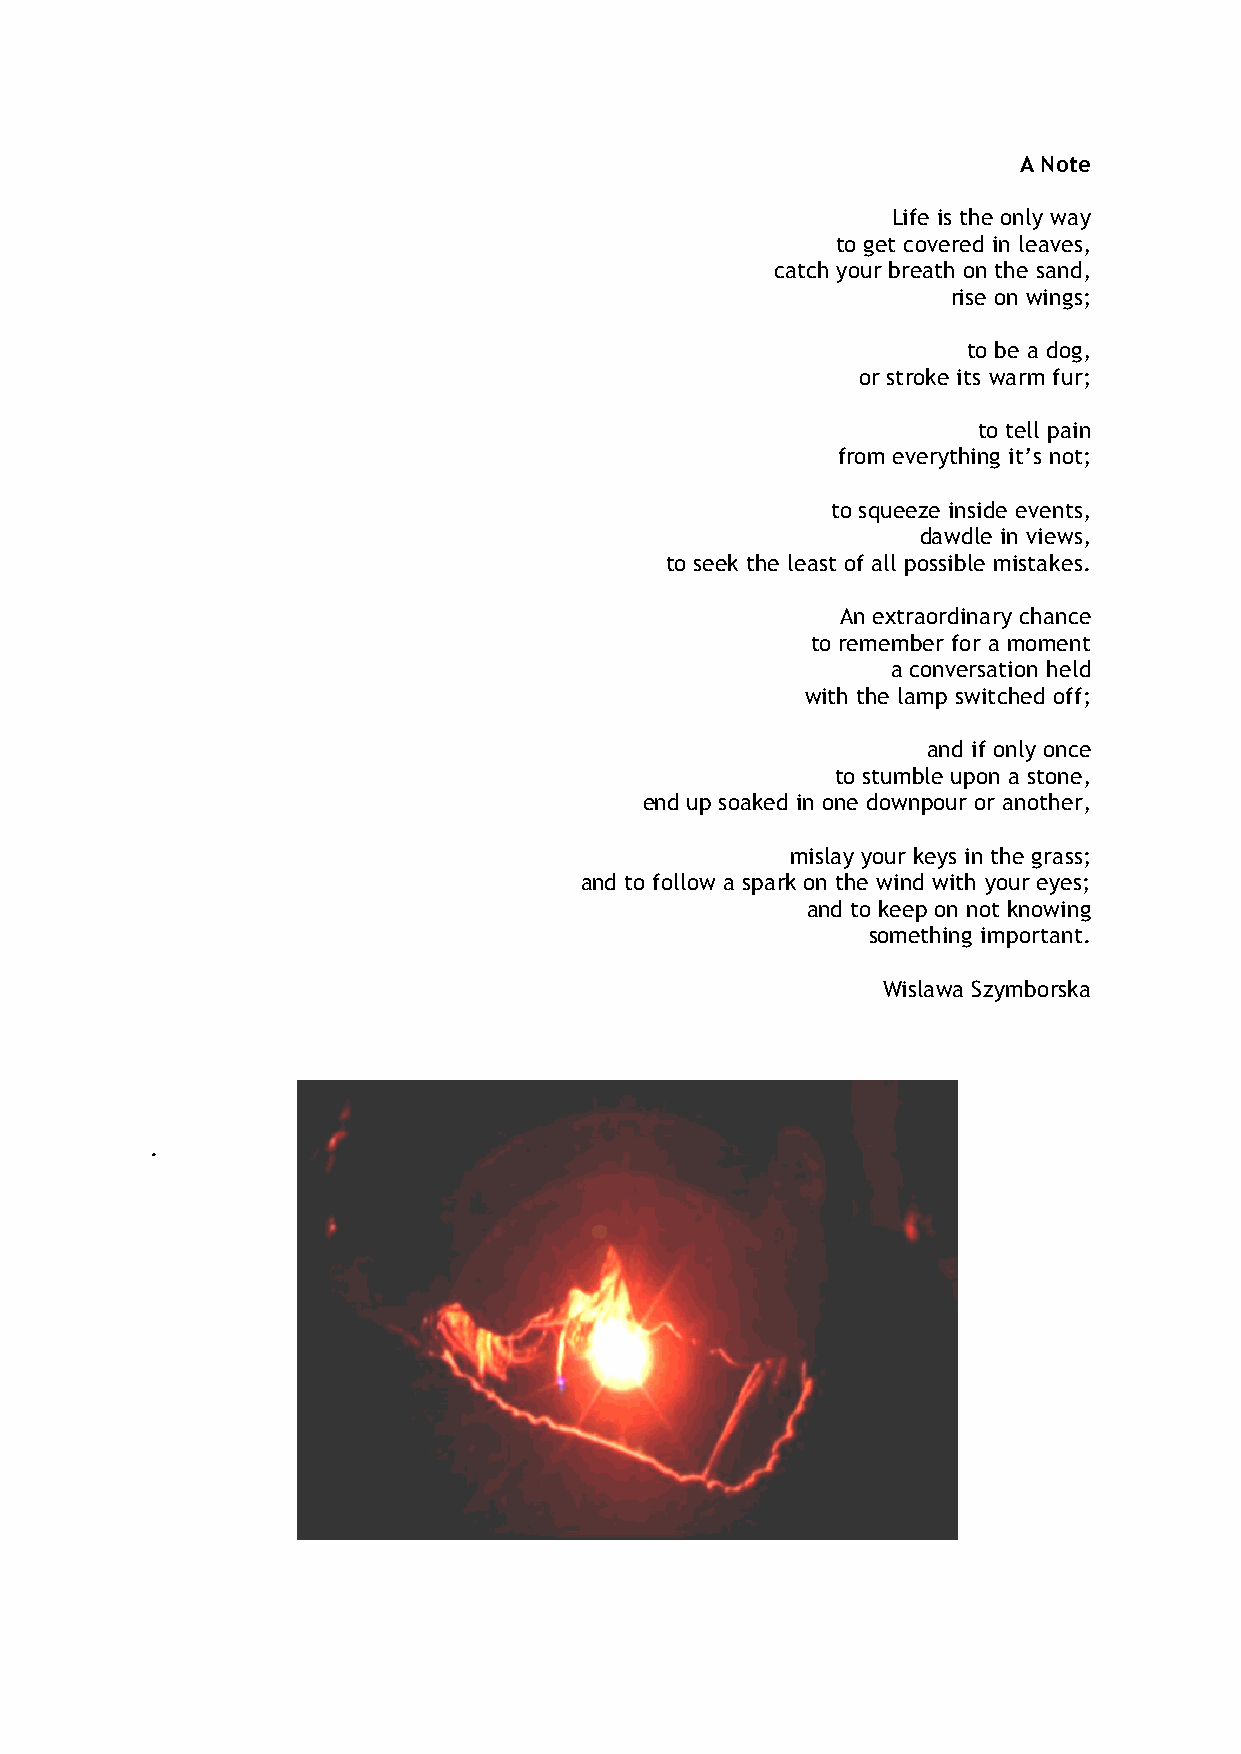
A Note
 Life is the only way
 to get covered in leaves,
 catch your breath on the sand,
 rise on wings;
 to be a dog,
 or stroke its warm fur;
 to tell pain
 from everything it’s not;
 to squeeze inside events,
 dawdle in views,
 to seek the least of all possible mistakes.
 An extraordinary chance
 to remember for a moment
 a conversation held
 with the lamp switched off;
 and if only once
 to stumble upon a stone,
 end up soaked in one downpour or another,
 mislay your keys in the grass;
 and to follow a spark on the wind with your eyes;
 and to keep on not knowing
 something important.
 Wislawa Szymborska
 .